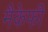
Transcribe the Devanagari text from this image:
मैकेफी